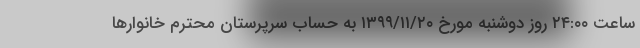
ساعت ۲۴:۰۰ روز دوشنبه مورخ ۱۳۹۹/۱۱/۲۰ به حساب سرپرستان محترم خانوارها